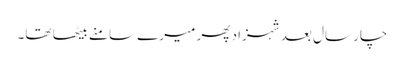
چار سال بعد شہزاد پھر میرے سامنے بیٹھا تھا۔